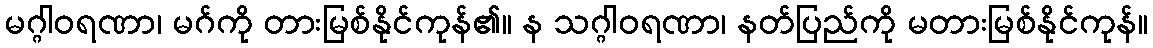
မဂ္ဂါဝရဏာ၊ မဂ်ကို တားမြစ်နိုင်ကုန်၏။ န သဂ္ဂါဝရဏာ၊ နတ်ပြည်ကို မတားမြစ်နိုင်ကုန်။